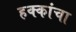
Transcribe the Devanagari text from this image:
हक्‍कांचा